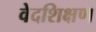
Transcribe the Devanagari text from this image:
वेदशिक्षण